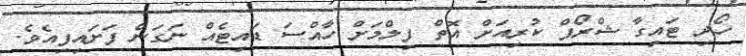
ހޯދި ޓައިގާ ޝްރޯފް ކުރިއަށް އޮތް ފިލްމަށް ހާއްސަ ޑައިޓެއް ނަގަން ފަށައިފިއެވެ.